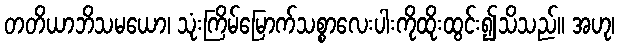
တတိယာဘိသမယော၊ သုံးကြိမ်မြောက်သစ္စာလေးပါးကိုထိုးထွင်း၍သိသည်။ အဟု၊